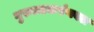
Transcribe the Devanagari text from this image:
गुरुत्वाकर्षणबल